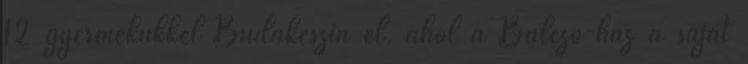
12 gyermekükkel Budakeszin él, ahol a Balczó-ház a saját